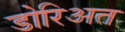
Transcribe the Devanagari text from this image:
डोरिअत